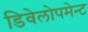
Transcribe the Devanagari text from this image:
डिवेलोपमेन्ट